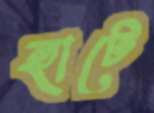
হাটে